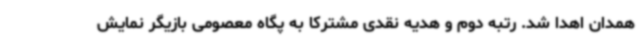
همدان اهدا شد. رتبه دوم و هدیه نقدی مشترکا به پگاه معصومی بازیگر نمایش